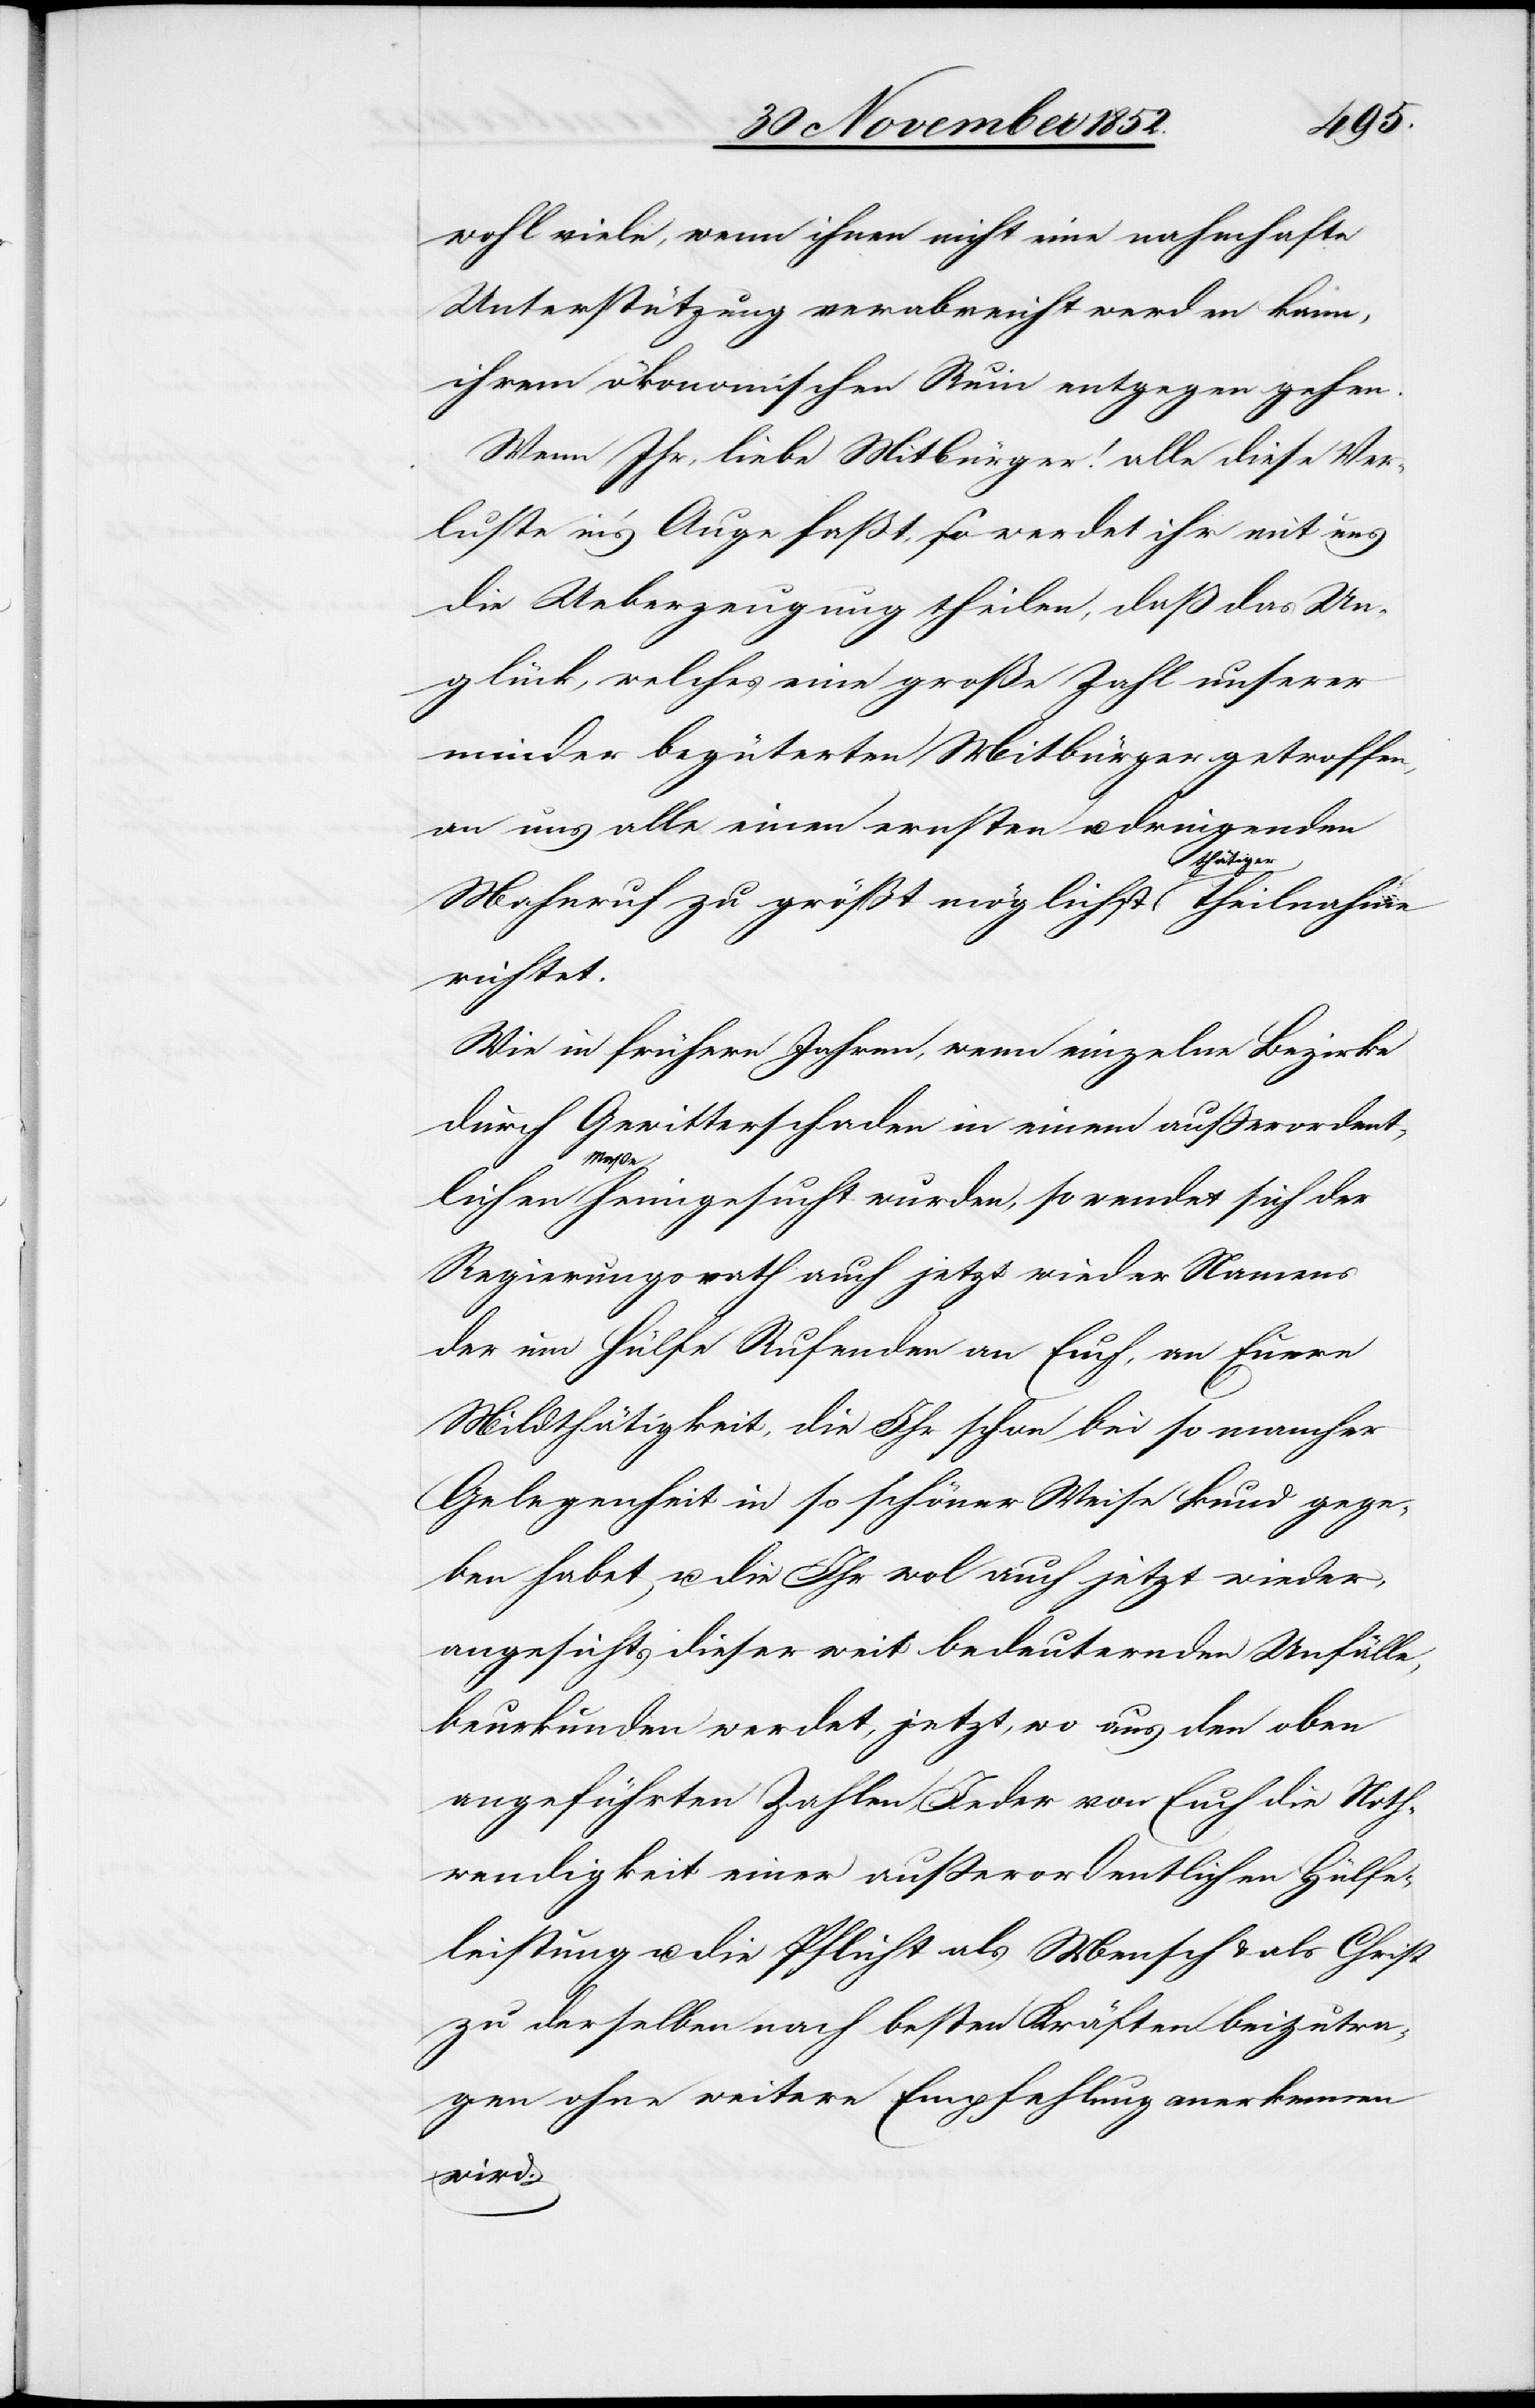
wohl viele, wenn ihnen nicht eine nahmhafte
Unterstützung verabreicht werden kann,
ihrem ökonomischen Ruin entgegen gehen.
Wenn Ihr, liebe Mitbürger! alle diese Ver¬
luste in’s Auge faßt, so werdet ihr mit uns
die Ueberzeugung theilen, daß das Un¬
glück, welches eine große Zahl unserer
minder begüterten Mitbürger getroffen,
an uns alle einen ernsten u. dringenden
Theilnahme
richtet.
Wie in frühern Jahren, wenn einzelne Bezirke
durch Gewitterschaden in einem außerordent¬
lichen
Maße heimgesucht wurden, so wendet sich der
Regierungsrath auch jetzt wieder Namens
der um Hülfe Rufenden an Euch, an Euere
Mildthätigkeit, die Ihr schon bei so mancher
Gelegenheit in so schöner Weise kund gege¬
ben habet u. die Ihr wol auch jetzt wieder,
angesichts dieser weit bedeuternden Unfälle,
beurkunden werdet, jetzt, wo aus den oben
angeführten Zahlen, Jeder von Euch die Noth¬
wendigkeit einer außerordentlichen Hülfe¬
leistung u. die Pflicht als Mensch & als Christ
zu derselben nach besten Kräften beizutra¬
gen ohne weitere Empfehlung anerkennen
wird.